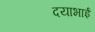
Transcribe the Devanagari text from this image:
दयाभाई